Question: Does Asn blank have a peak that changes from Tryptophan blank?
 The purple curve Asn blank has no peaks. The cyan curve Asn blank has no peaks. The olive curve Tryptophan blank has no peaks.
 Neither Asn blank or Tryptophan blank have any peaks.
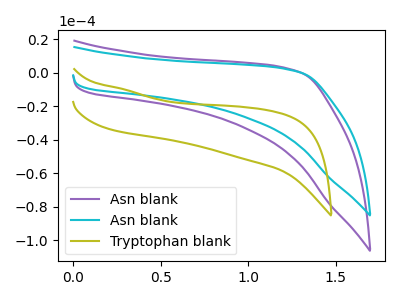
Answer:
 <answer>No, "Asn blank" and "Tryptophan blank" don't appear to be significantly different in shape</answer>
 <eval>no_change</eval>